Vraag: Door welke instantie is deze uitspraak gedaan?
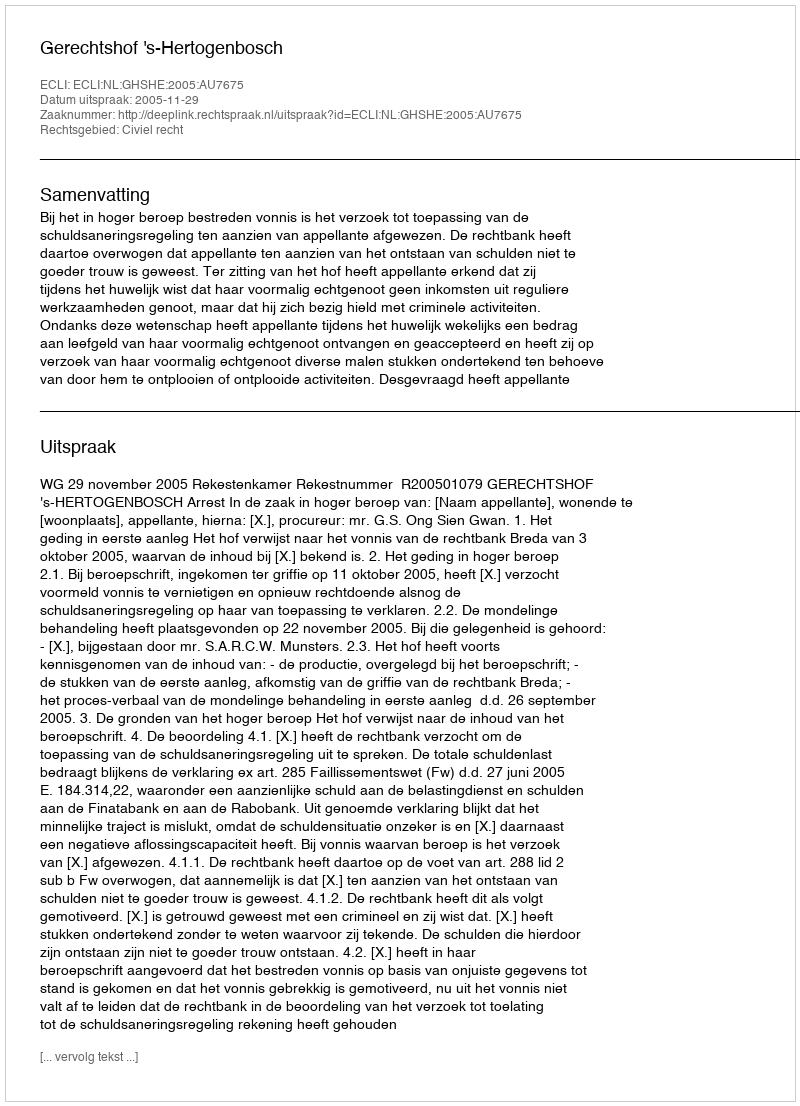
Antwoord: Gerechtshof 's-Hertogenbosch